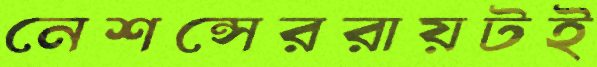
নেশন্সেররায়টই